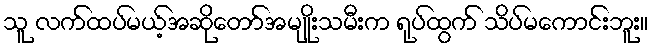
သူ လက်ထပ်မယ့်အဆိုတော်အမျိုးသမီးက ရုပ်ထွက် သိပ်မကောင်းဘူး။